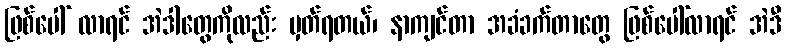
ဖြစ်ပေါ် လာရင် အဲဒါတွေကိုလည်း မှတ်ရတယ်၊ နာကျင်တာ အခံခက်တာတွေ ဖြစ်ပေါ်လာရင် အဲဒီ